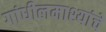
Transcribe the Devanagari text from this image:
गांधीलमाश्यांचे